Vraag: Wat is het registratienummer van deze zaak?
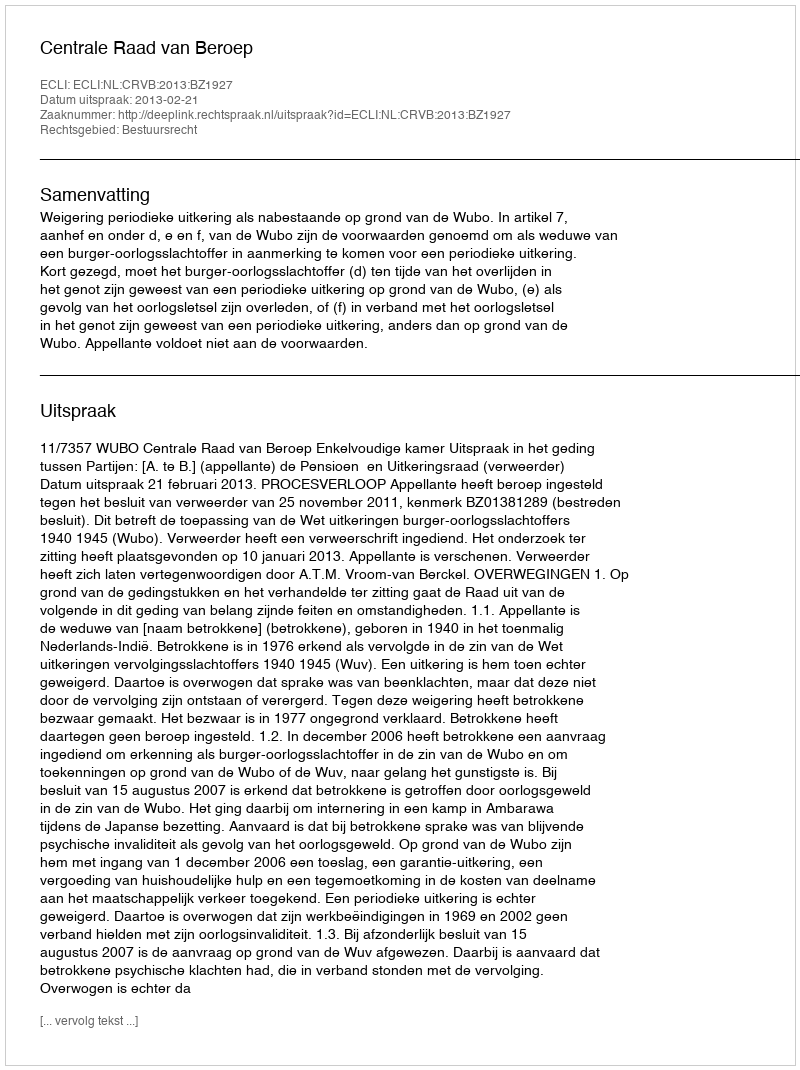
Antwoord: http://deeplink.rechtspraak.nl/uitspraak?id=ECLI:NL:CRVB:2013:BZ1927